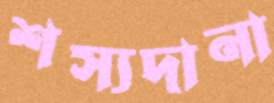
শস্যদানা